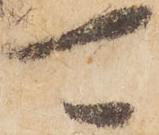
可